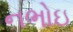
નભોઇ